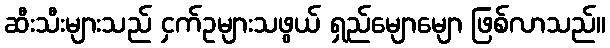
ဆီးသီးများသည် ငှက်ဥများသဖွယ် ရှည်မျောမျော ဖြစ်လာသည်။